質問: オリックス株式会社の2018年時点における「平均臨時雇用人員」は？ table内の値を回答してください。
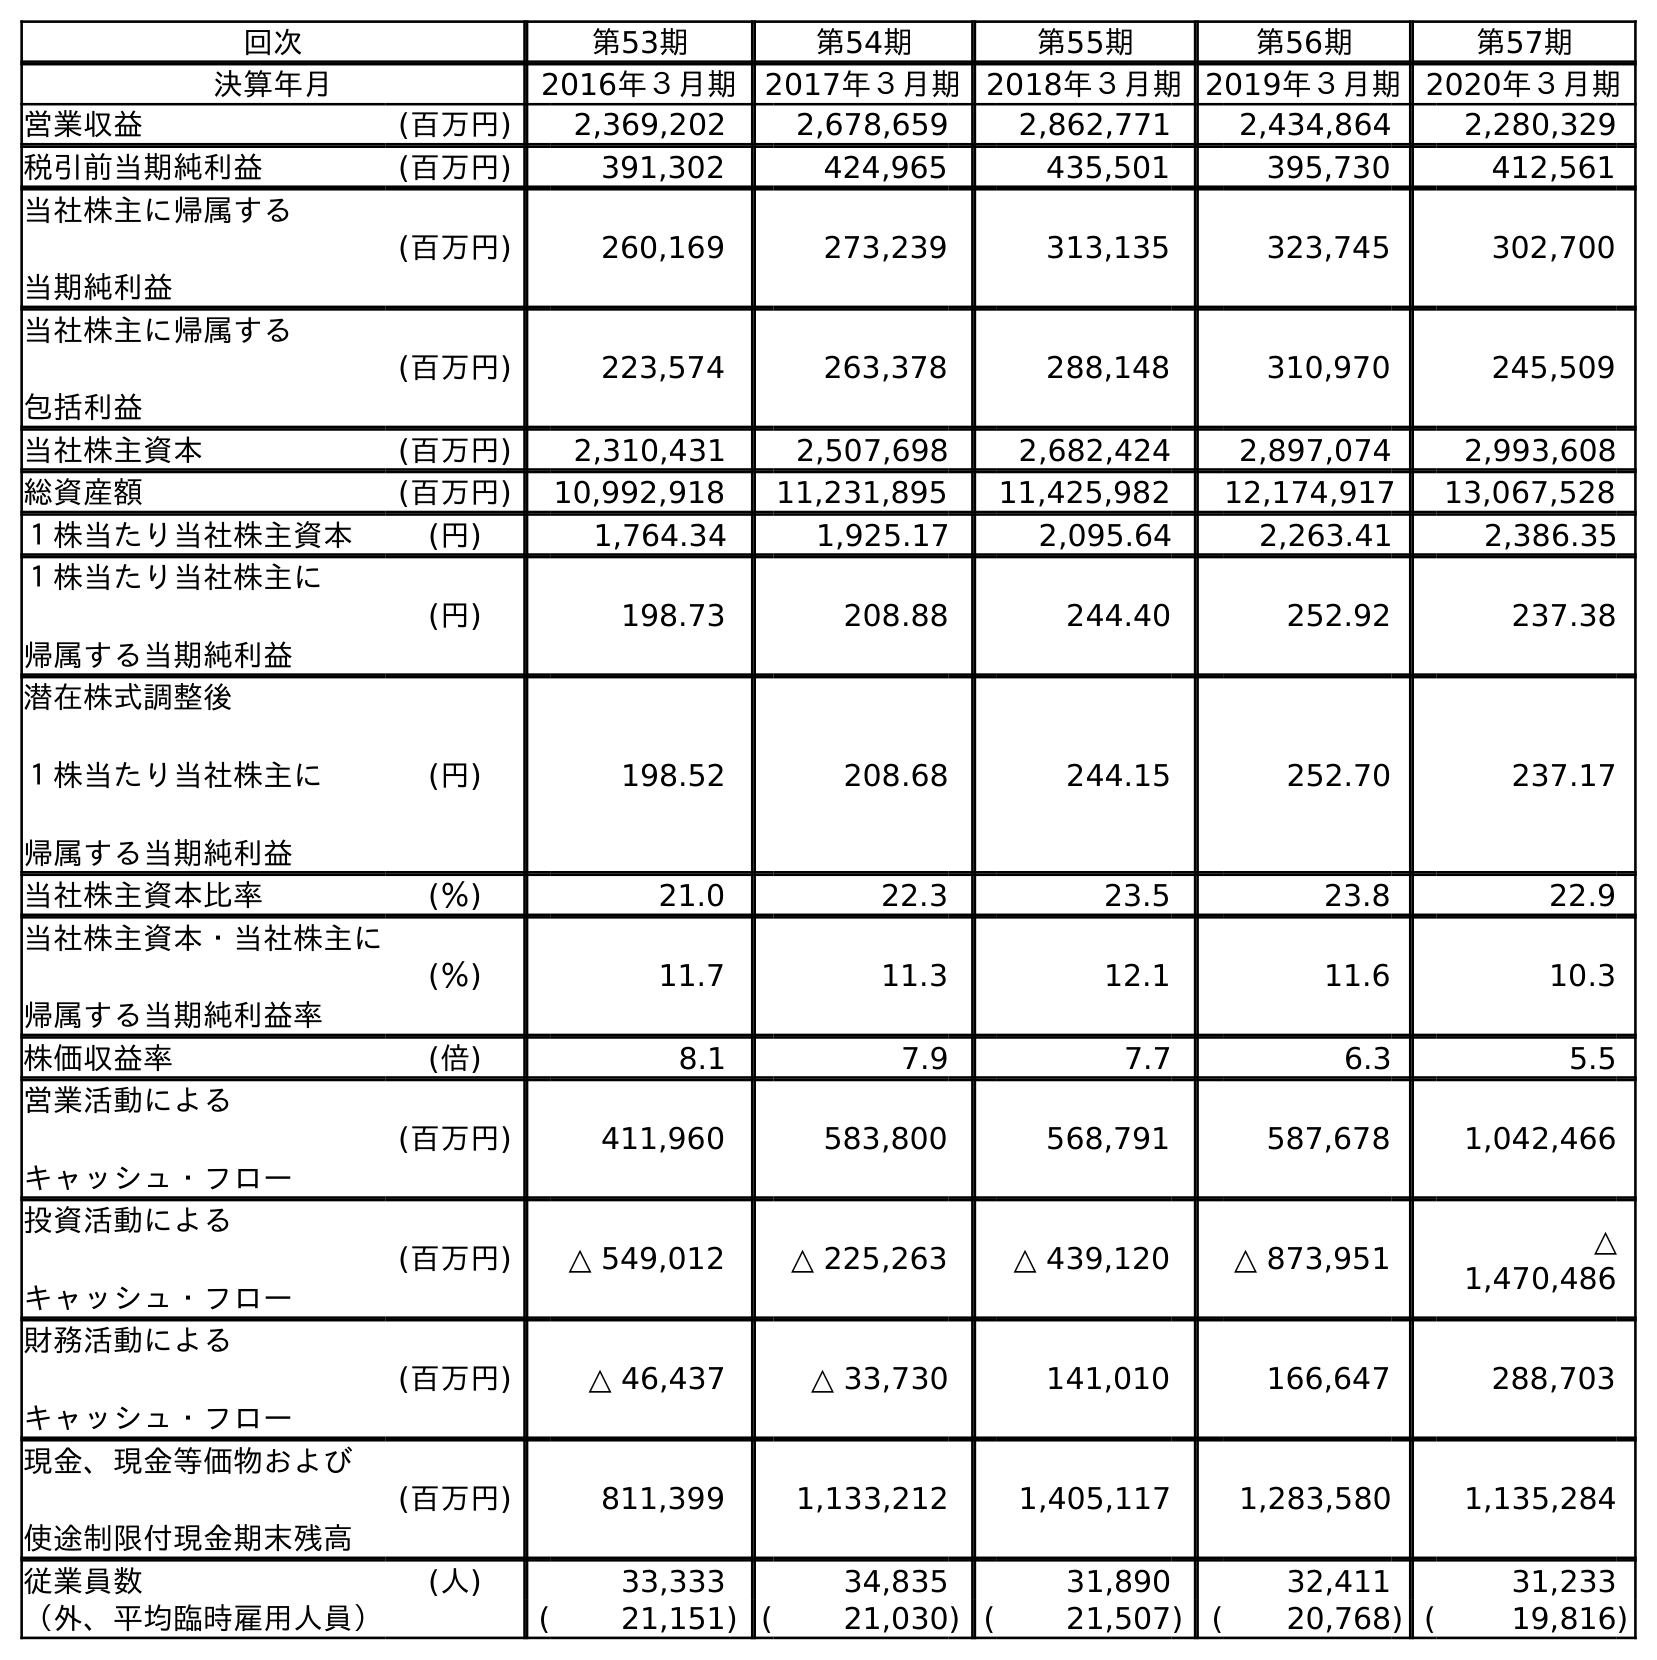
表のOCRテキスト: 回次 第53期 第54期 第55期 第56期 第57期 決算年月 2016年３月期 2017年３月期 2018年３月期2019年３月期2020年３月期 営業収益 (百万円) 2,369,202 2,678,659 2,862,771 2,434,864 2,280,329 税引前当期純利益 (百万円) 391,302 424,965 435,501 395,730 412,561 当社株主に帰属する 当期純利益 (百万円) 260,169 273,239 313,135 323,745 302,700 当社株主に帰属する 包括利益 (百万円) 223,574 263,378 288,148 310,970 245,509 当社株主資本 (百万円) 2,310,431 2,507,698 2,682,424 2,897,074 2,993,608 総資産額 (百万円) 10,992,918 11,231,895 11,425,982 12,174,917 13,067,528 １株当たり当社株主資本 (円) 1,764.34 1,925.17 2,095.64 2,263.41 2,386.35 １株当たり当社株主に 帰属する当期純利益 (円) 198.73 208.88 244.40 252.92 237.38 潜在株式調整後 １株当たり当社株主に 帰属する当期純利益 (円) 198.52 208.68 244.15 252.70 237.17 当社株主資本比率 (％) 21.0 22.3 23.5 23.8 22.9 当社株主資本・当社株主に 帰属する当期純利益率 (％) 11.7 11.3 12.1 11.6 10.3 株価収益率 (倍) 8.1 7.9 7.7 6.3 5.5 営業活動による キャッシュ・フロー (百万円) 411,960 583,800 568,791 587,678 1,042,466 投資活動による キャッシュ・フロー (百万円) △ 549,012 △ 225,263 △ 439,120 △ 873,951 △ 1,470,486 財務活動による キャッシュ・フロー (百万円) △ 46,437 △ 33,730 141,010 166,647 288,703 現金、現金等価物および 使途制限付現金期末残高 (百万円) 811,399 1,133,212 1,405,117 1,283,580 1,135,284 従業員数 (人) 33,333 34,835 31,890 32,411 31,233 （外、平均臨時雇用人員） ( 21,151) ( 21,030) ( 21,507) ( 20,768) ( 19,816)
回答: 21,507